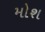
મોશ